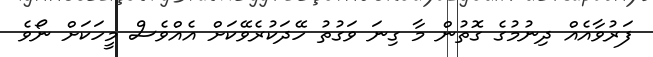
ފަރުވާއެއް ދިނުމުގެ ގޮތުން މާ ގިނަ ވަގުތު ހޭދަކުރެވޭކަށް އެއްވެސް މީހަކަށް ނޯވެ